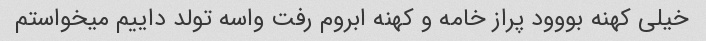
خیلی کهنه بووود پراز خامه و کهنه ابروم رفت واسه تولد داییم میخواستم